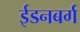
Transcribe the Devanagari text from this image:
ईडनबर्ग